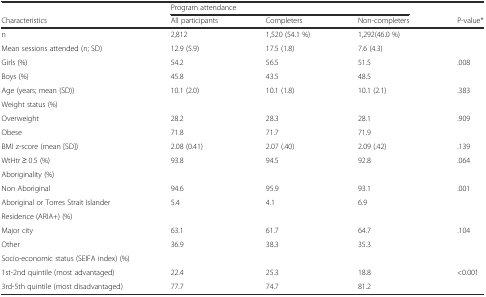
|  | <COLSPAN=3> Program attendance |  |
 | Characteristics | All participants | Completers | Non-completers | P-value* |
 | --- | --- | --- | --- | --- |
 | n | 2,812 | 1,520 (54.1 %) | 1,292(46.0 %) |  |
 | Mean sessions attended (n; SD) | 12.9 (5.9) | 17.5 (1.8) | 7.6 (4.3) |  |
 | Girls (%) | 54.2 | 56.5 | 51.5 | .008 |
 | Boys (%) | 45.8 | 43.5 | 48.5 |  |
 | Age (years; mean (SD)) | 10.1 (2.0) | 10.1 (1.8) | 10.1 (2.1) | .383 |
 | Weight status (%) |  |  |  |  |
 | Overweight | 28.2 | 28.3 | 28.1 | .909 |
 | Obese | 71.8 | 71.7 | 71.9 |  |
 | BMI z-score (mean [SD]) | 2.08 (0.41) | 2.07 (.40) | 2.09 (.42) | .139 |
 | WtHtr ≥ 0.5 (%) | 93.8 | 94.5 | 92.8 | .064 |
 | Aboriginality (%) |  |  |  |  |
 | Non Aboriginal | 94.6 | 95.9 | 93.1 | .001 |
 | Aboriginal or Torres Strait Islander | 5.4 | 4.1 | 6.9 |  |
 | Residence (ARIA+) (%) |  |  |  |  |
 | Major city | 63.1 | 61.7 | 64.7 | .104 |
 | Other | 36.9 | 38.3 | 35.3 |  |
 | <COLSPAN=3> Socio-economic status (SEIFA index) (%) |  |  |
 | 1st-2nd quintile (most advantaged) | 22.4 | 25.3 | 18.8 | <0.001 |
 | 3rd-5th quintile (most disadvantaged) | 77.7 | 74.7 | 81.2 |  |